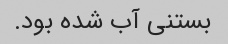
بستنی آب شده بود.